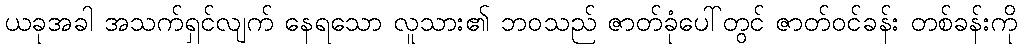
ယခုအခါ အသက်ရှင်လျက် နေရသော လူသား၏ ဘဝသည် ဇာတ်ခုံပေါ်တွင် ဇာတ်ဝင်ခန်း တစ်ခန်းကို